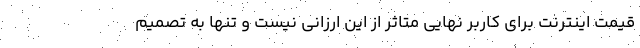
قیمت اینترنت برای کاربر نهایی متاثر از این ارزانی نیست و تنها به تصمیم